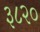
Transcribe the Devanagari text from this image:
३८२०